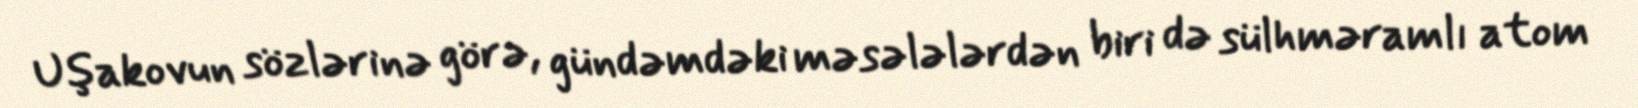
Uşakovun sözlərinə görə, gündəmdəki məsələlərdən biri də sülhməramlı atom